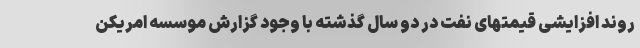
روند افزایشی قیمتهای نفت در دو سال گذشته با وجود گزارش موسسه امریکن